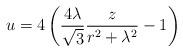
LaTeX: \begin{align*}u=4\left({{4\lambda}\over{\sqrt{3}}}{z\over{r^2+\lambda^2}}-1\right)\end{align*}